Annual report on the mental hospital in the Central Provinces and Berar (Nagpur) - 1927-1951
Year: 1927
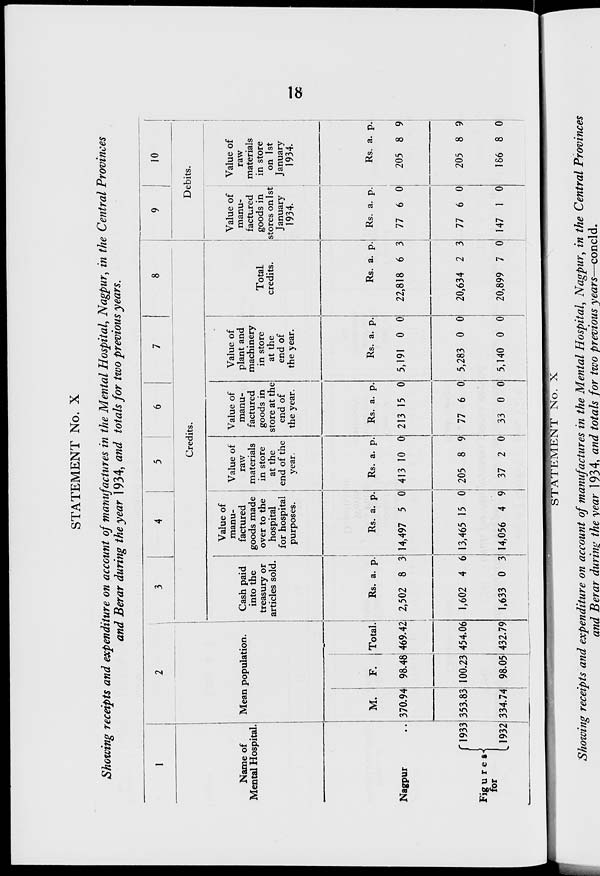
18
STATEMENT No. X
Showing receipts and expenditure on account of manufactures in the Mental Hospital, Nagpur, in the Central Provinces
and Berar during the year 1934, and totals for two previous years.
1
Name of
Mental Hospital.
Nagpur ..
Figuregs
for
1933
1932
2
Mean population.
M.
370.94
353.83
334.74
F.
98.48
100.23
98.05
Total.
469.42
454.06
432.79
3
4
5
6
7
8
Credits.
Cash paid
into the
treasury or
articles sold.
Rs.
2,502
1,602
1,633
a.
8
4
0
p.
3
6
3
Value of
manu-
factured
goods made
over to the
hospital
for hospital
purposes.
Rs.
14,497
13,465
14,056
a.
5
15
4
p.
0
0
9
Value of
raw
materials
in store
at the
end of the
year.
Rs.
413
205
37
a.
10
8
2
p.
0
9
0
Value of
manu-
factured
goods in
store at the
end of
the year.
Rs.
213
77
33
a.
15
6
0
p.
0
0
0
Value of
plant and
machinery
in store
at the
end of
the year.
Rs.
5,191
5,283
5,140
a.
0
0
0
p.
0
0
0
Total
credits.
Rs.
22,818
20,634
20,899
a.
6
2
7
p.
3
3
0
9
10
Debits.
Value of
manu-
factured
goods in
stores on 1st
January
1934.
Rs.
77
77
147
a.
6
6
1
p.
0
0
0
Value of
raw
materials
in store
on 1st
January
1934.
Rs.
205
205
186
a.
8
8
8
p.
9
9
0